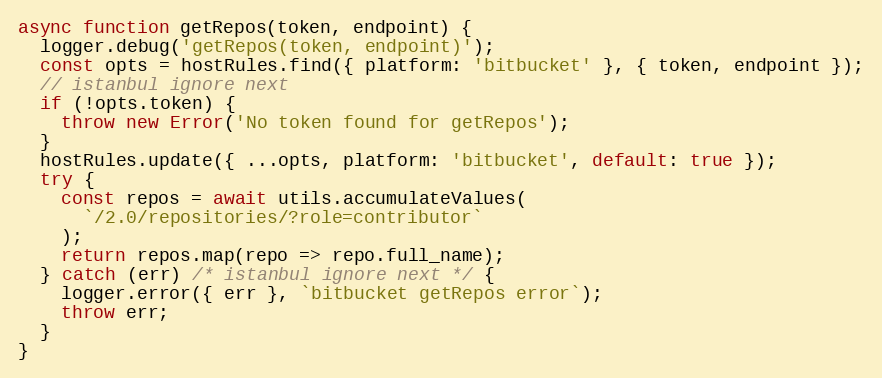
Language: JavaScript
async function getRepos(token, endpoint) {
  logger.debug('getRepos(token, endpoint)');
  const opts = hostRules.find({ platform: 'bitbucket' }, { token, endpoint });
  // istanbul ignore next
  if (!opts.token) {
    throw new Error('No token found for getRepos');
  }
  hostRules.update({ ...opts, platform: 'bitbucket', default: true });
  try {
    const repos = await utils.accumulateValues(
      `/2.0/repositories/?role=contributor`
    );
    return repos.map(repo => repo.full_name);
  } catch (err) /* istanbul ignore next */ {
    logger.error({ err }, `bitbucket getRepos error`);
    throw err;
  }
}